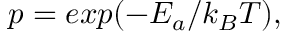
\, \, p = e x p ( - E _ { a } / k _ { B } T ) ,